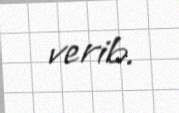
verib.